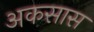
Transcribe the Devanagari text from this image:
अकसास